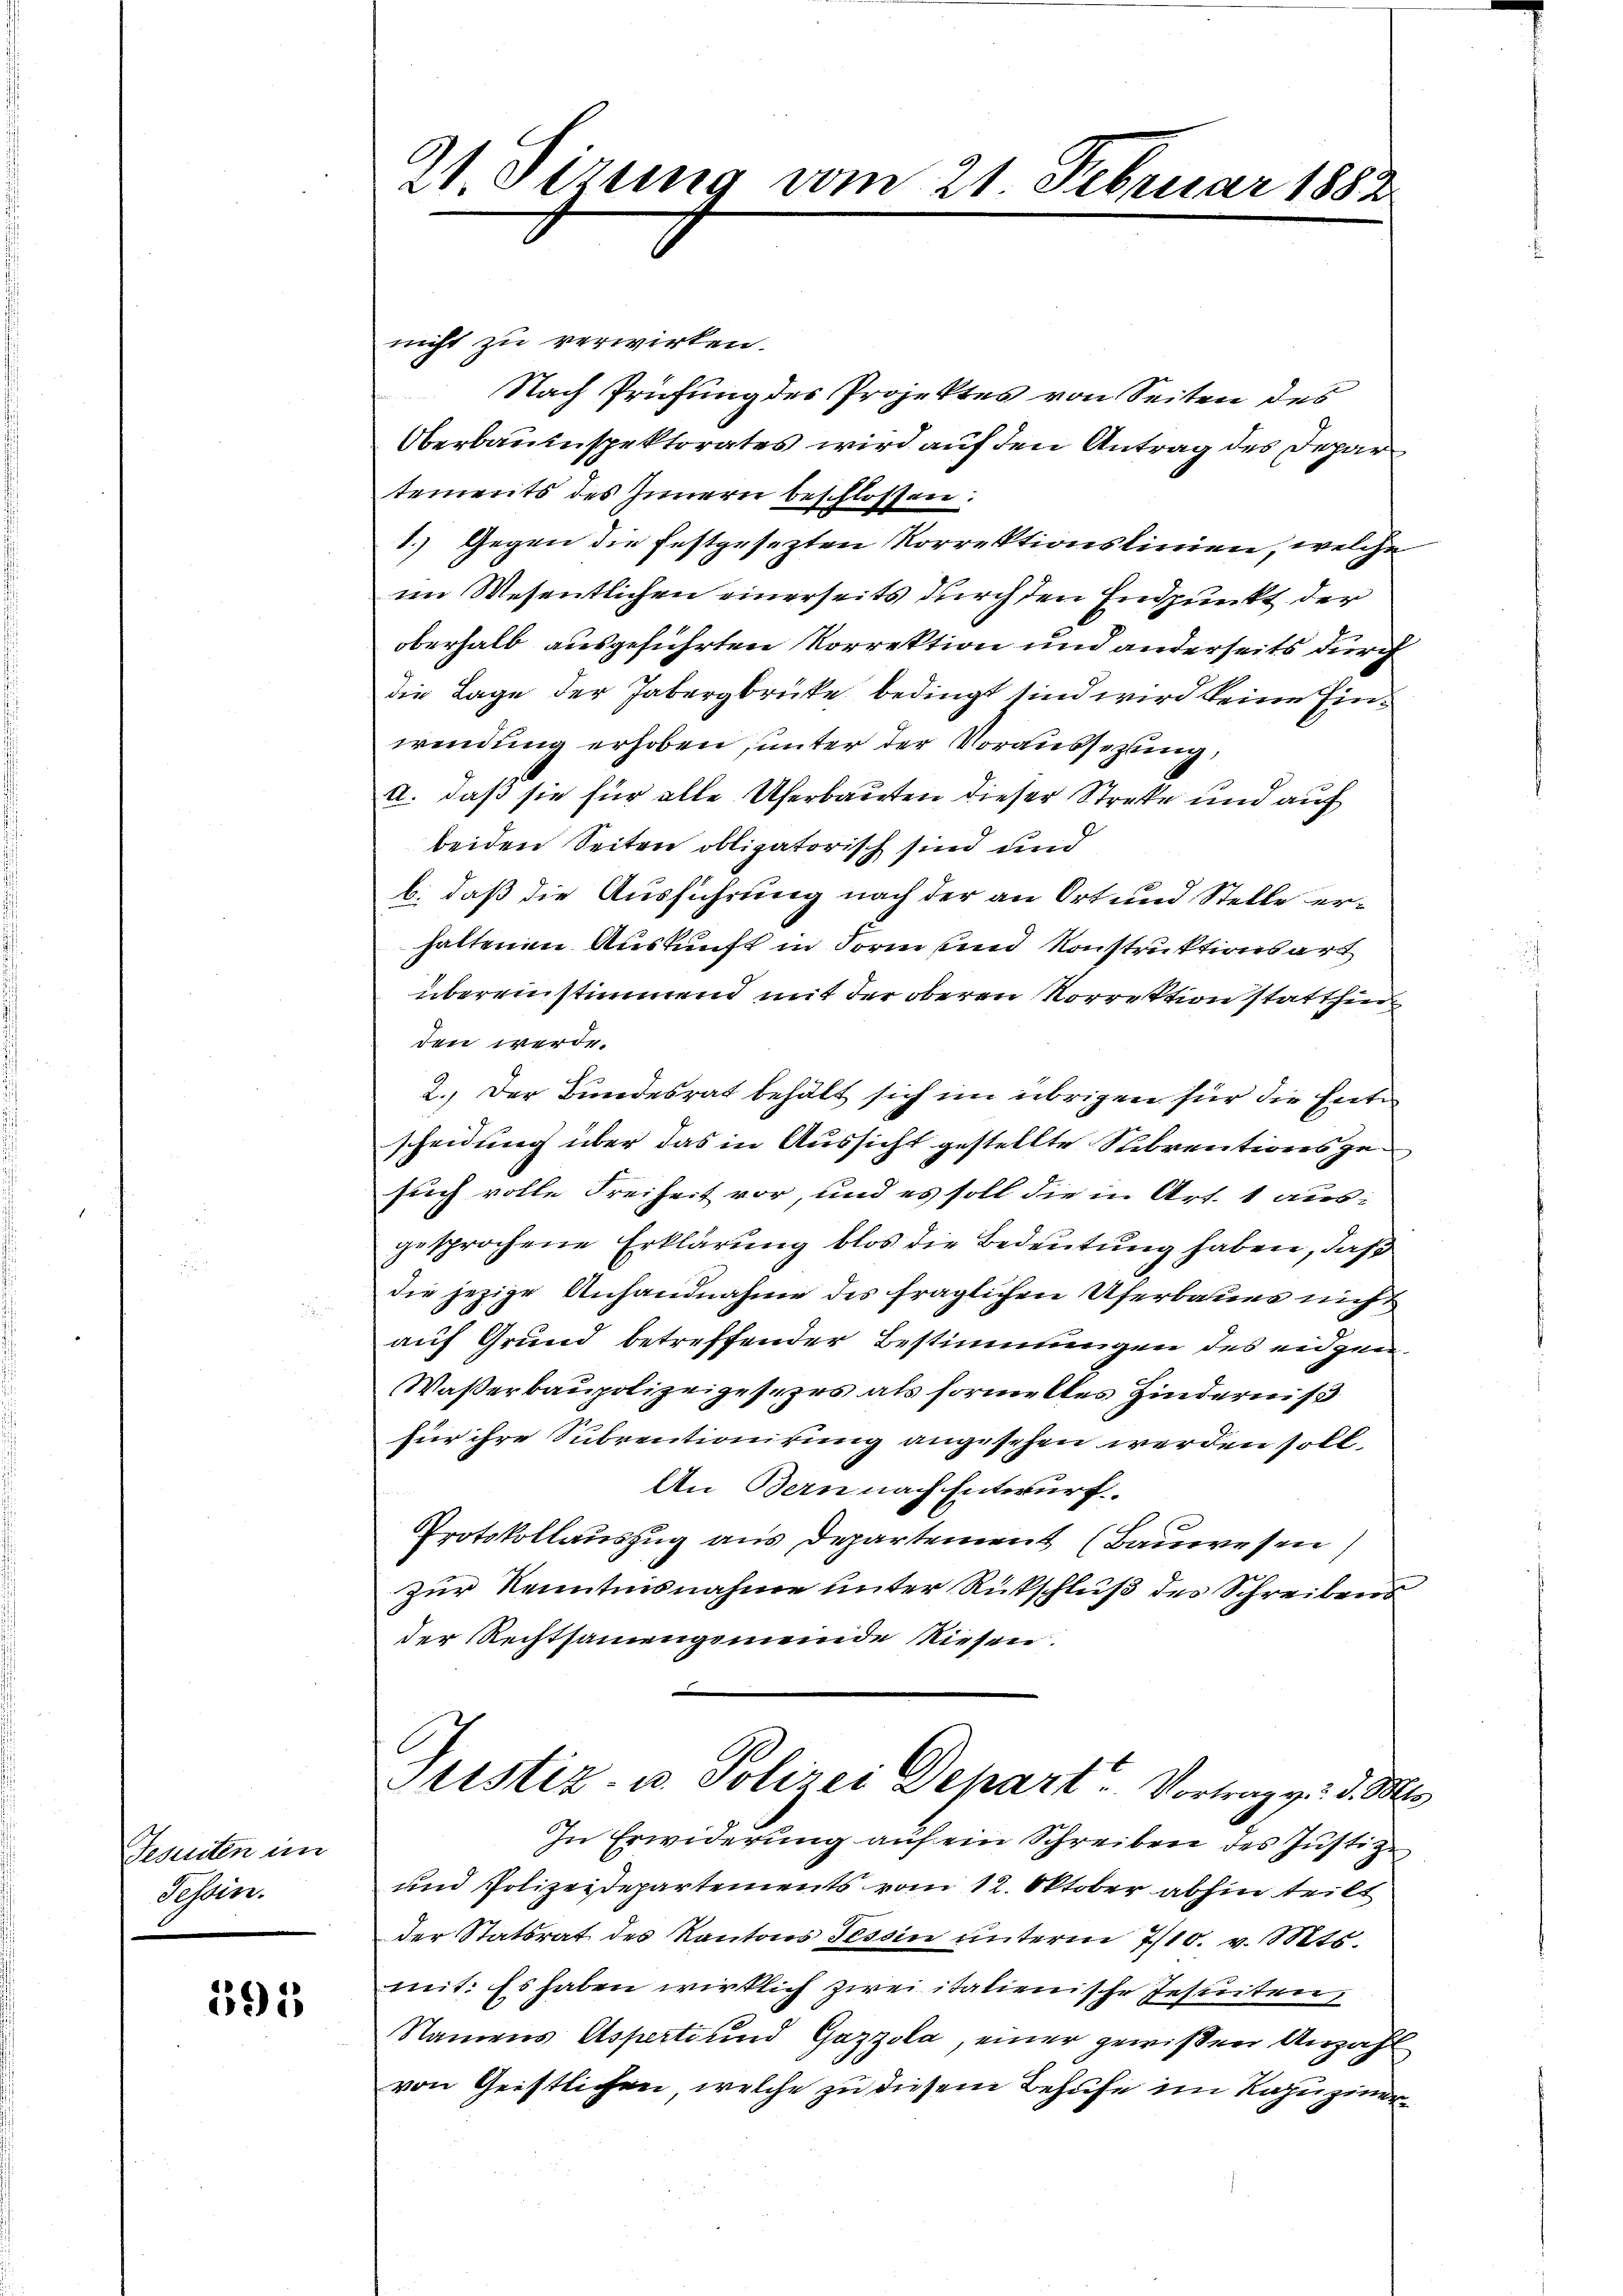
Jesuiten im
Tessin.

1915

nicht zu verwirken.
Nach Prüfung des Projektes von Seiten des
Oberbauinspektorates wird auf den Antrag des Depar
tements des Innern beschlossen:
1.) Gegen die festgesezten Korrektionslinien, welche
im Wesentlichen einerseits durch den Endpunkt der
oberhalb ausgeführten Korrektion und anderseits durch
die Lage der Jabergbrüke bedingt sind wird keine Einwendung erhoben, unter der Voraussetzung
a. daß sie für alle Uferbauten dieser Streke und auf
beiden Seiten obligatorisch sind und
b. daß die Ausführung nach der an Ort und Stelle erhaltenen Auskunft in Form und Konstruktionsart
übereinstimmend mit der oberen Vorrektion statthin
den werde.
2.) Der Bundesrat behält sich im übrigen für die Ernte
scheidung über das in Aussicht gestellte Subventionsgesuch volle Freiheit vor, und es soll die in Art. 1 ausgesprochene Erklärung blos die Bedeutung haben, daß
die jezige Anhandnahme des fraglichen Uferbauer nicht
auf Grund betreffender Bestimmungen des eidgen¬
Waßerbaupolizeigesezes als formeltes Hinderniß
für ihre Subventionirung angesehen werden soll.
An Bern nach Entwurf.
Protokollauszug aus Departement (Bauwesen,
zur Kenntnisnahme unter Rückschluß des Schreibens
der Rechtsamengemeinde Riesen.
Justiz- u. Polizei Depart Vortrag v. d. Mt
In Erwiderung auf ein Schreiben des Justiz-
und Polizeidepartements vom 12. Oktober abhin teilt
der Statsrat des Kantons Tessin unterm 7/10. v. Mts.
mit: Es haben wirklich zwei italienische Jesuiten,
Namens Asperte und Gazzola, einer gewißen Anzahl
von Geistlichen, welche zu diesem Behufe im Kapuziner¬

21 dirung vom 21. Februar 1882